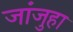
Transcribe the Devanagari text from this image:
जांजुहा